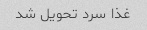
غذا سرد تحویل شد